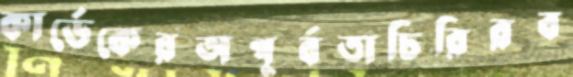
কার্ডেকেরঅপূর্বতাচিরিরব